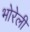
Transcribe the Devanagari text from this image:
भोरेली